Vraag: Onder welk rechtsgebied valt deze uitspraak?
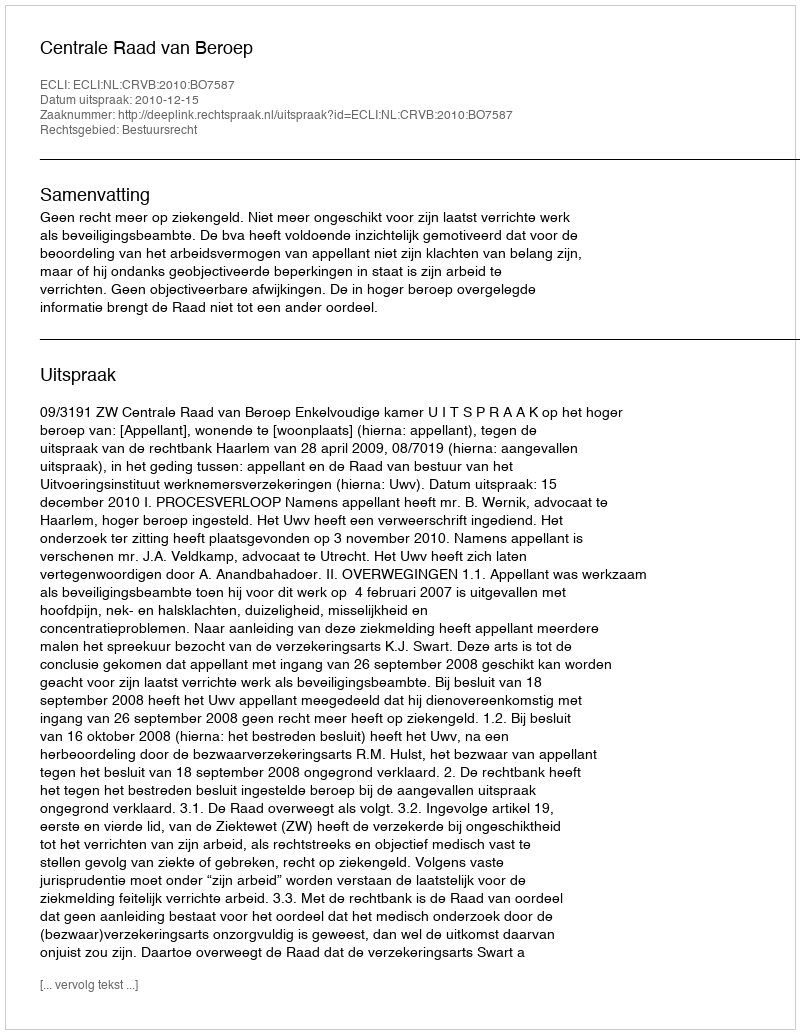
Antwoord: Bestuursrecht